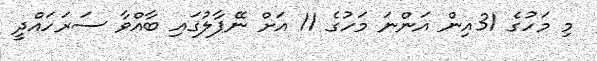
މި މަހުގެ 31އިން އަންނަ މަހުގެ 11 އަށް ނޭޕާލުގައި ބާއްވާ ސަރަހައްދީ